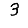
Digit: 3